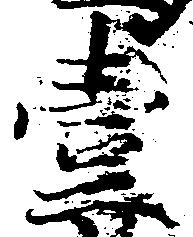
壱